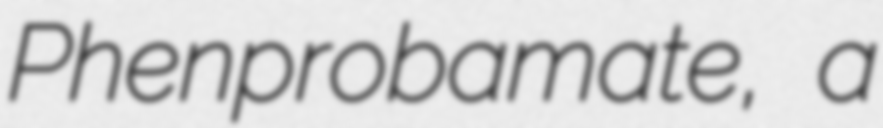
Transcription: Phenprobamate, a